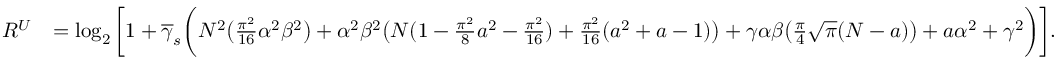
\begin{array} { r l } { R ^ { U } } & { = \log _ { 2 } \bigg [ 1 + \overline { { \gamma } } _ { s } \bigg ( N ^ { 2 } \big ( \frac { \pi ^ { 2 } } { 1 6 } \alpha ^ { 2 } \beta ^ { 2 } \big ) + \alpha ^ { 2 } \beta ^ { 2 } \big ( N ( 1 - \frac { \pi ^ { 2 } } { 8 } a ^ { 2 } - \frac { \pi ^ { 2 } } { 1 6 } ) + \frac { \pi ^ { 2 } } { 1 6 } ( a ^ { 2 } + a - 1 ) \big ) + \gamma \alpha \beta \big ( \frac { \pi } { 4 } \sqrt { \pi } ( N - a ) \big ) + a \alpha ^ { 2 } + \gamma ^ { 2 } \bigg ) \bigg ] . } \end{array}